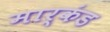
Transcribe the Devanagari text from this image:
मार्कंड